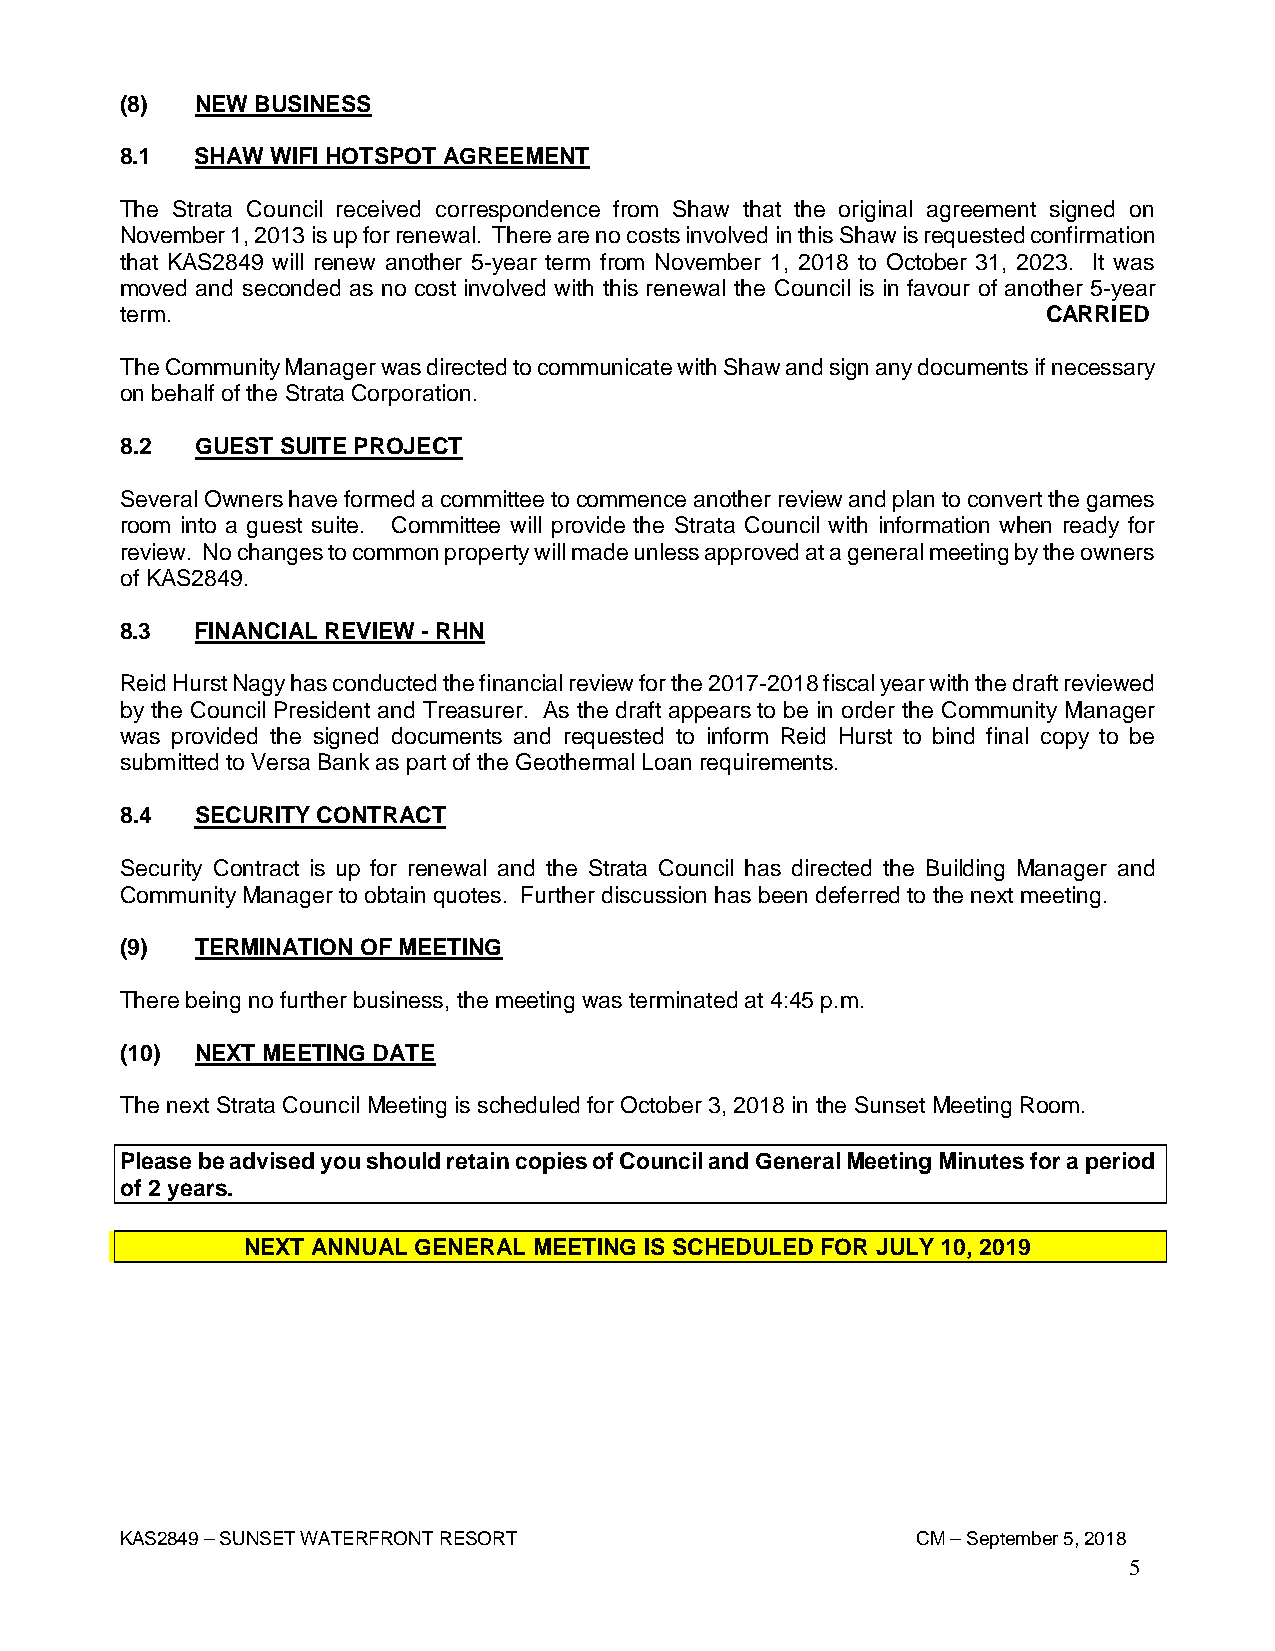
(8)  NEW BUSINESS
 8.1  SHAW WIFI HOTSPOT AGREEMENT
 The Strata Council received correspondence from Shaw that the original agreement signed on
 November 1, 2013 is up for renewal. There are no costs involved in this Shaw is requested confirmation
 that KAS2849 will renew another 5-year term from November 1, 2018 to October 31, 2023. It was
 moved and seconded as no cost involved with this renewal the Council is in favour of another 5-year
 term.                                                        CARRIED
 The Community Manager was directed to communicate with Shaw and sign any documents if necessary
 on behalf of the Strata Corporation.
 8.2  GUEST SUITE PROJECT
 Several Owners have formed a committee to commence another review and plan to convert the games
 room into a guest suite. Committee will provide the Strata Council with information when ready for
 review. No changes to common property will made unless approved at a general meeting by the owners
 of KAS2849.
 8.3  FINANCIAL REVIEW - RHN
 Reid Hurst Nagy has conducted the financial review for the 2017-2018 fiscal year with the draft reviewed
 by the Council President and Treasurer. As the draft appears to be in order the Community Manager
 was provided the signed documents and requested to inform Reid Hurst to bind final copy to be
 submitted to Versa Bank as part of the Geothermal Loan requirements.
 8.4  SECURITY CONTRACT
 Security Contract is up for renewal and the Strata Council has directed the Building Manager and
 Community Manager to obtain quotes. Further discussion has been deferred to the next meeting.
 (9)  TERMINATION OF MEETING
 There being no further business, the meeting was terminated at 4:45 p.m.
 (10) NEXT MEETING DATE
 The next Strata Council Meeting is scheduled for October 3, 2018 in the Sunset Meeting Room.
 Please be advised you should retain copies of Council and General Meeting Minutes for a period
 of 2 years.
 NEXT ANNUAL GENERAL MEETING IS SCHEDULED FOR JULY 10, 2019
 KAS2849 – SUNSET WATERFRONT RESORT                   CM – September 5, 2018
 5